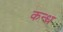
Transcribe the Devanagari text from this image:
कन्ध